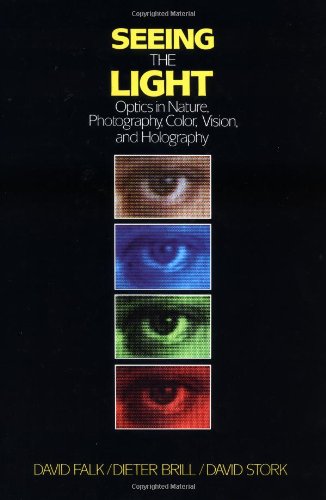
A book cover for Seeing the Light: Optics in Nature, Photography, Color, Vision, and Holography; David R. Falk; Science & Math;